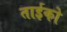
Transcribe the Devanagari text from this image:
ताईको